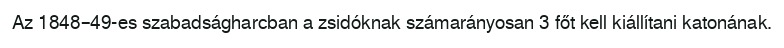
Az 1848–49-es szabadságharcban a zsidóknak számarányosan 3 főt kell kiállítani katonának.